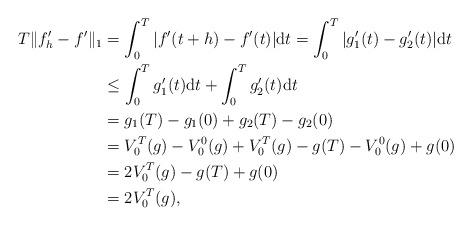
LaTeX: \begin{align*}T \Vert f'_h - f' \Vert_1 &= \int_0^T |f'(t+h) - f'(t)| \mathrm{d}t = \int_0^T |g_1'(t) - g_2'(t)| \mathrm{d}t \\&\leq \int_0^T g_1'(t) \mathrm{d}t + \int_0^T g_2'(t) \mathrm{d}t\\&= g_1(T) - g_1(0) + g_2(T) - g_2(0)\\&= V_0^T(g) - V_0^0(g) + V_0^T(g) - g(T) - V_0^0(g) + g(0) \\&= 2 V_0^T(g) - g(T) + g(0) \\&= 2 V_0^T(g),\end{align*}